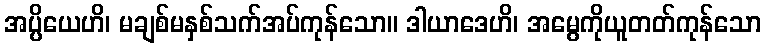
အပ္ပိယေဟိ၊ မချစ်မနှစ်သက်အပ်ကုန်သော။ ဒါယာဒေဟိ၊ အမွေကိုယူတတ်ကုန်သော